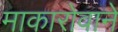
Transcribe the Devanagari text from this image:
माकारोवाने